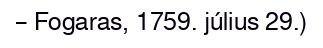
– Fogaras, 1759. július 29.)